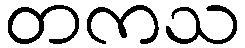
တကသ